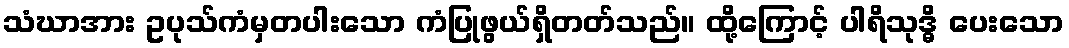
သံဃာအား ဥပုသ်ကံမှတပါးသော ကံပြုဖွယ်ရှိတတ်သည်။ ထို့ကြောင့် ပါရိသုဒ္ဓိ ပေးသော